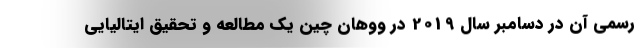
رسمی آن در دسامبر سال 2019 در ووهان چین یک مطالعه و تحقیق ایتالیایی